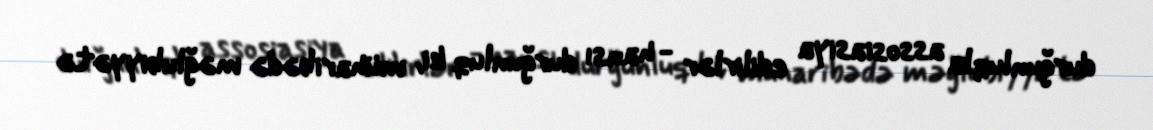
durğunluqla assosiasiya edilirlər - hansı durğunluq ki, müharibədə məğlubiyyətə